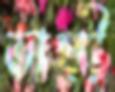
ভাঙ্গী